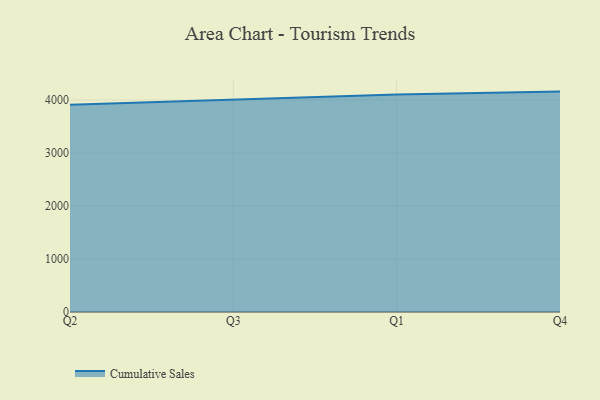
{"axis": {"x": "Quarter", "y": "Market Share (%)"}, "legend": ["Cumulative Sales"], "data": [{"x": "Q2", "y": 3908.9, "type": "Cumulative Sales"}, {"x": "Q3", "y": 4006.3, "type": "Cumulative Sales"}, {"x": "Q1", "y": 4104.7, "type": "Cumulative Sales"}, {"x": "Q4", "y": 4159.3, "type": "Cumulative Sales"}]}